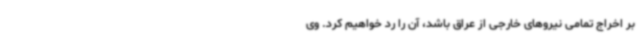
بر اخراج تمامی نیروهای خارجی از عراق باشد، آن را رد خواهیم کرد. وی